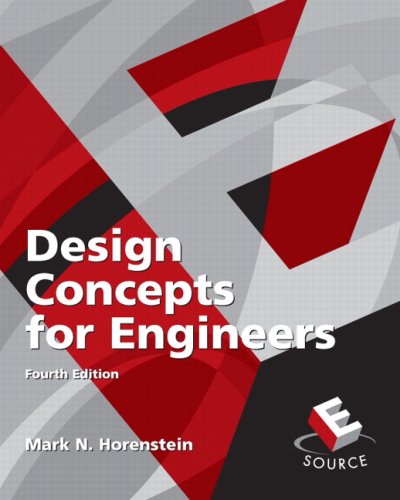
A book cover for Design Concepts for Engineers (4th Edition); Mark N. Horenstein; Engineering & Transportation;